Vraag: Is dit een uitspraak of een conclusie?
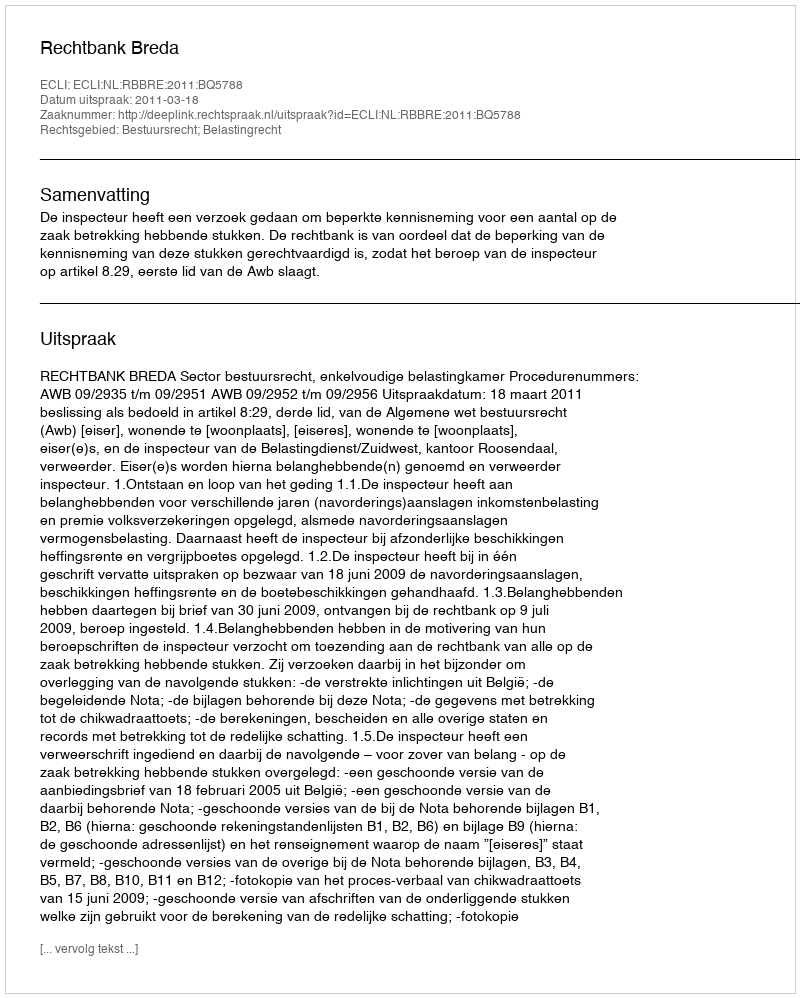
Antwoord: Uitspraak